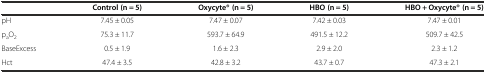
<table><thead><tr><td></td><td><b>Control (n = 5)</b></td><td><b>Oxycyte® (n = 5)</b></td><td><b>HBO (n = 5)</b></td><td><b>HBO + Oxycyte® (n = 5)</b></td></tr></thead><tbody><tr><td>pH</td><td>7.45 ± 0.05</td><td>7.47 ± 0.07</td><td>7.42 ± 0.03</td><td>7.47 ± 0.01</td></tr><tr><td>p<sub>a</sub>O<sub>2</sub></td><td>75.3 ± 11.7</td><td>593.7 ± 64.9</td><td>491.5 ± 12.2</td><td>509.7 ± 42.5</td></tr><tr><td>BaseExcess</td><td>0.5 ± 1.9</td><td>1.6 ± 2.3</td><td>2.9 ± 2.0</td><td>2.3 ± 1.2</td></tr><tr><td>Hct</td><td>47.4 ± 3.5</td><td>42.8 ± 3.2</td><td>43.7 ± 0.7</td><td>47.3 ± 2.1</td></tr></tbody></table>